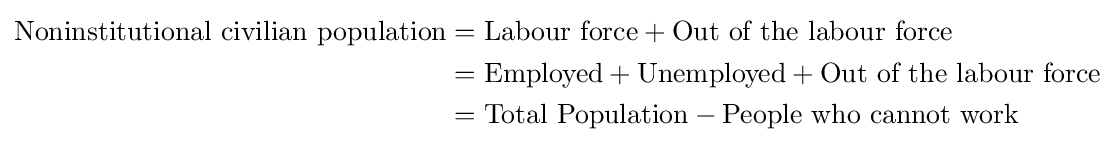
{\begin{aligned}{\text{Noninstitutional civilian population}}&={\text{Labour force}}+{\text{Out of the labour force}}\\&={\text{Employed}}+{\text{Unemployed}}+{\text{Out of the labour force}}\\&={\text{Total Population}}-{\text{People who cannot work}}\end{aligned}}